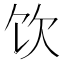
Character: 饮